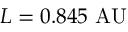
L = 0 . 8 4 5 ~ \mathrm { A U }